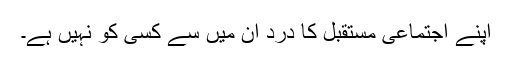
اپنے اجتماعی مستقبل کا درد ان میں سے کسی کو نہیں ہے۔